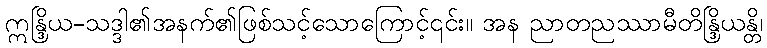
ဣန္ဒြိယ-သဒ္ဒါ၏အနက်၏ဖြစ်သင့်သောကြောင့်၎င်း။ အန ညာတညဿာမီတိန္ဒြိယန္တိ၊